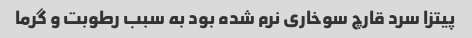
پیتزا سرد قارچ سوخاری نرم شده بود به سبب رطوبت و گرما